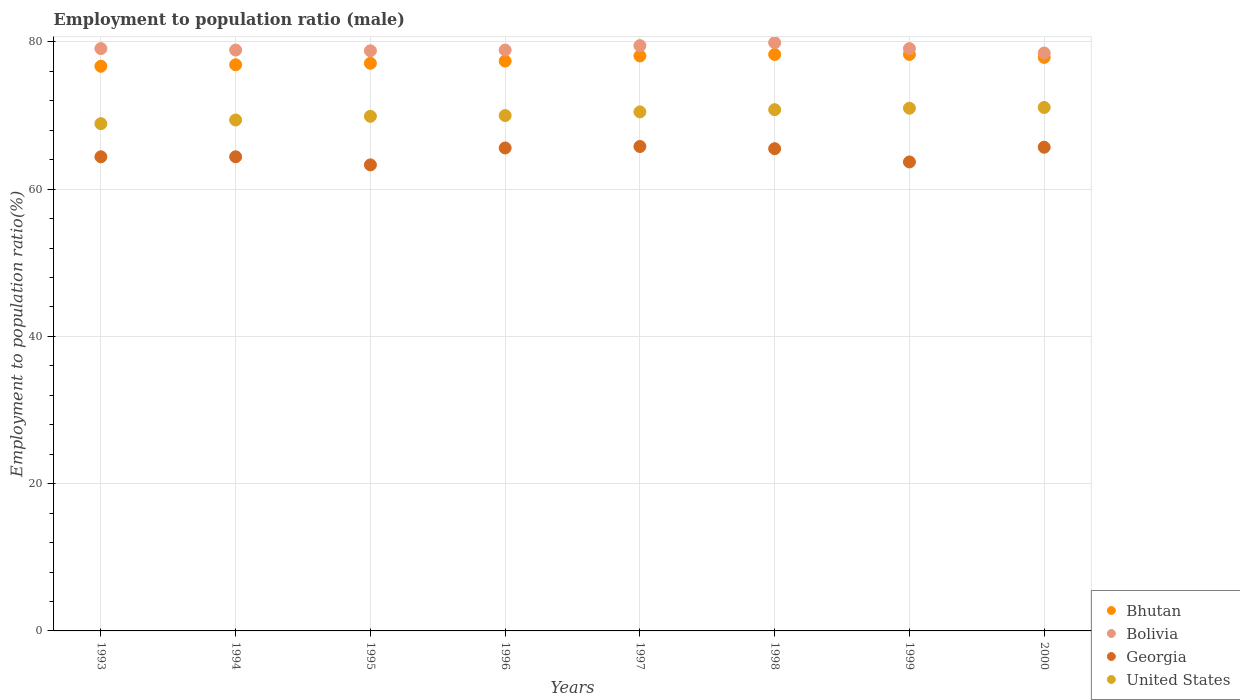
| Years | Bhutan | Bolivia | Georgia | United States |
 | --- | --- | --- | --- | --- |
 | 1993 | 76.7 | 79.1 | 64.4 | 68.9 |
 | 1994 | 76.9 | 78.9 | 64.4 | 69.4 |
 | 1995 | 77.1 | 78.8 | 63.3 | 69.9 |
 | 1996 | 77.4 | 78.9 | 65.6 | 70 |
 | 1997 | 78.1 | 79.5 | 65.8 | 70.5 |
 | 1998 | 78.3 | 79.9 | 65.5 | 70.8 |
 | 1999 | 78.3 | 79.1 | 63.7 | 71 |
 | 2000 | 77.9 | 78.5 | 65.7 | 71.1 |